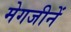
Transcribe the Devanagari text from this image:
मेगजीनें